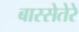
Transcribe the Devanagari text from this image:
बास्सेतेरे